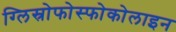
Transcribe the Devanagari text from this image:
ग्लिस्रोफोस्फोकोलाइन